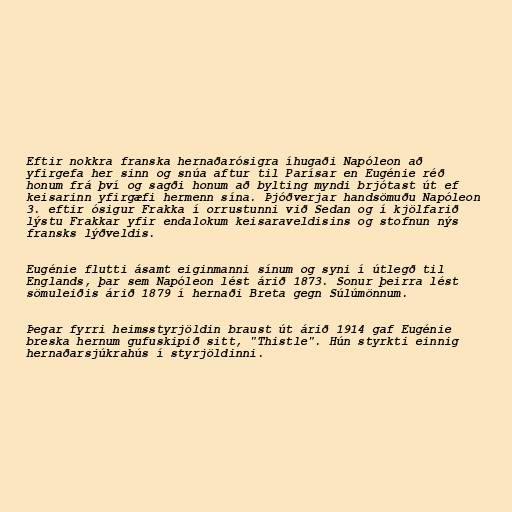
Eftir nokkra franska hernaðarósigra íhugaði Napóleon að
yfirgefa her sinn og snúa aftur til Parísar en Eugénie réð
honum frá því og sagði honum að bylting myndi brjótast út ef
keisarinn yfirgæfi hermenn sína. Þjóðverjar handsömuðu Napóleon
3. eftir ósigur Frakka í orrustunni við Sedan og í kjölfarið
lýstu Frakkar yfir endalokum keisaraveldisins og stofnun nýs
fransks lýðveldis.

Eugénie flutti ásamt eiginmanni sínum og syni í útlegð til
Englands, þar sem Napóleon lést árið 1873. Sonur þeirra lést
sömuleiðis árið 1879 í hernaði Breta gegn Súlúmönnum.

Þegar fyrri heimsstyrjöldin braust út árið 1914 gaf Eugénie
breska hernum gufuskipið sitt, "Thistle". Hún styrkti einnig
hernaðarsjúkrahús í styrjöldinni.